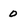
Character: 0